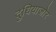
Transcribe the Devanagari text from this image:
दुधियाजोर